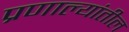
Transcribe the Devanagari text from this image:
प्रणाल्यांतील